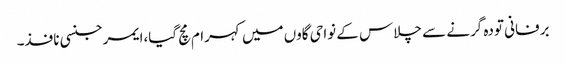
برفانی تودہ گرنے سے چلاس کے نواحی گاوں میں کہرام مچ گیا،ایمرجنسی نافذ۔